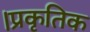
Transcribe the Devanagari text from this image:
।प्रकृतिक